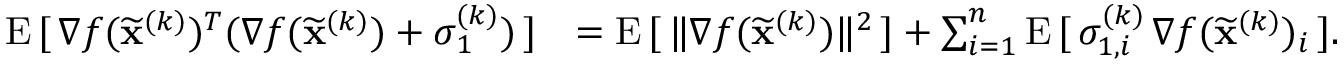
\begin{array} { r l } { \mathrm { E } \, [ \, \nabla f ( \widetilde \mathbf { x } ^ { ( k ) } ) ^ { T } ( \nabla f ( \widetilde \mathbf { x } ^ { ( k ) } ) + \boldsymbol { \sigma } _ { 1 } ^ { ( k ) } ) \, ] } & { = \mathrm { E } \, [ \, \Vert \nabla f ( \widetilde \mathbf { x } ^ { ( k ) } ) \Vert ^ { 2 } \, ] + \sum _ { i = 1 } ^ { n } \mathrm { E } \, [ \, \sigma _ { 1 , i } ^ { ( k ) } \, \nabla f ( \widetilde \mathbf { x } ^ { ( k ) } ) _ { i } \, ] . } \end{array}